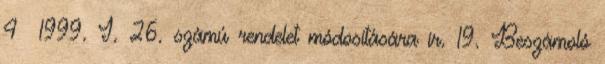
4 1999. I. 26. számú rendelet módosítására ír. 19. Beszámoló